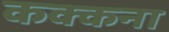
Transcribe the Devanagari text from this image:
कक्कना